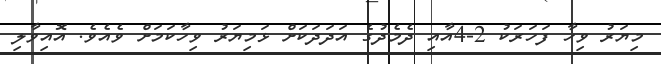
މިޔަރު ވިހާ ފަހަރަކު 2-4އާއި ދެމެދުގެ އަދަދަކަށް ޅަމިޔަރު ވިހާކަމަށް ވެއެވެ. އޮއިވާލި